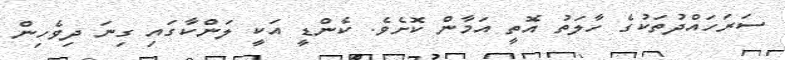
ސަރަހައްދުތަކުގެ ހާލަތު އޮތީ އަމާން ކޮށެވެ. ކެންޑީ އަކީ ލަންކާގައި ގިނަ ދިވެހިން